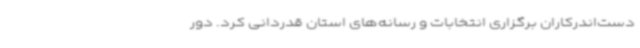
دست‌اندرکاران برگزاری انتخابات و رسانه‌های استان قدردانی کرد. دور